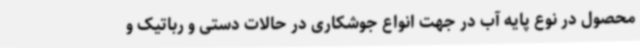
محصول در نوع پایه آب در جهت انواع جوشکاری در حالات دستی و رباتیک و